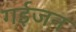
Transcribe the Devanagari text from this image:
गईजन